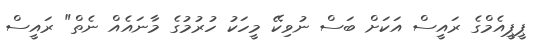
ޕީޕީއެމްގެ ރައީސް އަކަށް ބަސް ނުވިކޭ މީހަކު ހުރުމުގެ މާނައެއް ނެތް" ރައީސް